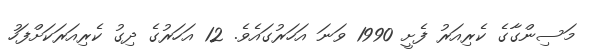
މަސިންގާގެ ކެރިއަރު ފެށީ 1990 ވަނަ އަހަރުގައެވެ. 12 އަހަރުގެ ދިގު ކެރިއަރަކަށްފަހު